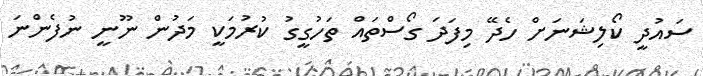
ސައުދީ ކޯލިޝަނަށް ހެދޭ މިފަދަ ގޯސްތައް ތަހުގީގު ކުރުމަކީ މަދުން ނޫނީ ނުފެންނަ